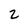
Character: 2